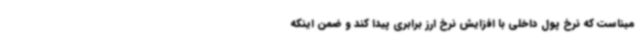
مبناست که نرخ پول داخلی با افزایش نرخ ارز برابری پیدا کند و ضمن اینکه